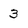
Character: 3